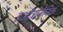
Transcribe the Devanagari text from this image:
इओत्रोजेनिक